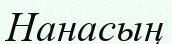
Нанасың